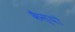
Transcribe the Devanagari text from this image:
कैस्‍यो